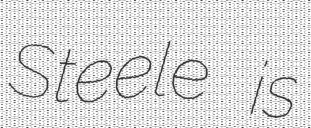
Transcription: Steele is